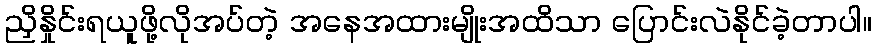
ညှိနှိုင်းရယူဖို့လိုအပ်တဲ့ အနေအထားမျိုးအထိသာ ပြောင်းလဲနိုင်ခဲ့တာပါ။